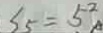
S _ { 5 } = 5 ^ { 2 }